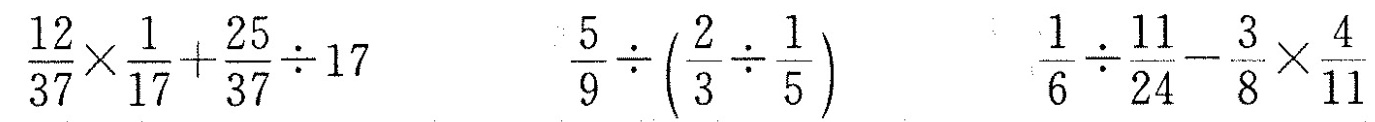
$$\frac { 1 2 } { 3 7 } \times \frac { 1 } { 1 7 } + \frac { 2 5 } { 3 7 } \div 1 7$$ $$\frac { 5 } { 9 } \div ( \frac { 2 } { 3 } \div \frac { 1 } { 5 } )$$ $$\frac { 1 } {6 } \div \frac { 1 1 } { 2 4 } - \frac { 3 } {8 } \times \frac { 4 } { 1 1 }$$